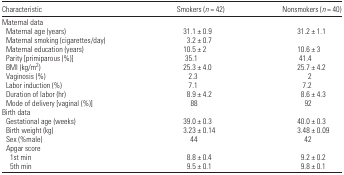
| Characteristic | Smokers (n = 42) | Nonsmokers (n = 40) |
 | --- | --- | --- |
 | <COLSPAN=3> Maternal data |
 | Maternal age (years) | 31.1 ± 0.9 | 31.2 ± 1.1 |
 | Maternal smoking (cigarettes/day) | 3.2 ± 0.7 |  |
 | Maternal education (years) | 10.5 ± 2 | 10.6 ± 3 |
 | Parity [primiparous (%)] | 35.1 | 41.4 |
 | BMI (kg/m2) | 25.3 ± 4.0 | 25.7 ± 4.2 |
 | Vaginosis (%) | 2.3 | 2 |
 | Labor induction (%) | 7.1 | 7.2 |
 | Duration of labor (hr) | 8.9 ± 4.2 | 8.6 ± 4.3 |
 | Mode of delivery [vaginal (%)] | 88 | 92 |
 | <COLSPAN=3> Birth data |
 | Gestational age (weeks) | 39.0 ± 0.3 | 40.0 ± 0.3 |
 | Birth weight (kg) | 3.23 ± 0.14 | 3.48 ± 0.09 |
 | Sex (%male) | 44 | 42 |
 | <COLSPAN=3> Apgar score |
 | 1st min | 8.8 ± 0.4 | 9.2 ± 0.2 |
 | 5th min | 9.5 ± 0.1 | 9.8 ± 0.1 |